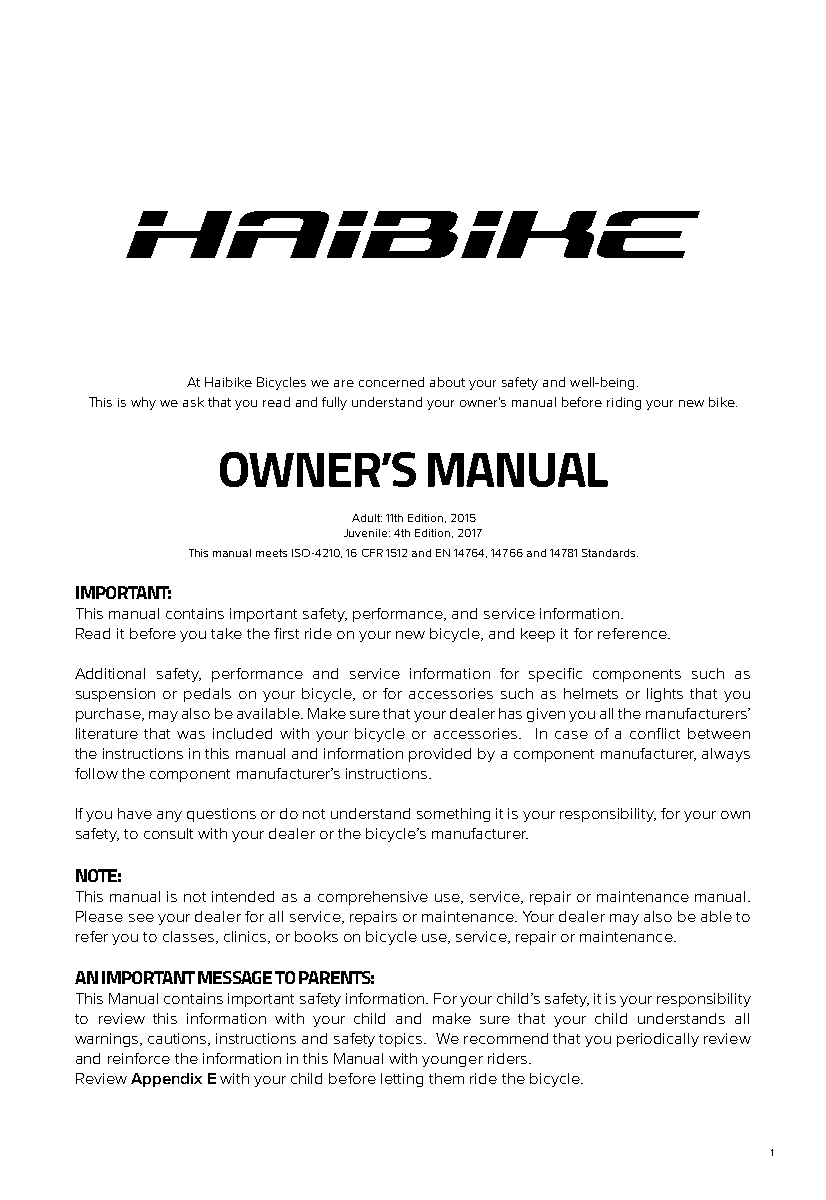
At Haibike Bicycles we are concerned about your safety and well-being.
 This is why we ask that you read and fully understand your owner’s manual before riding your new bike.
 OWNER’S       MANUAL
 Adult: 11th Edition, 2015
 Juvenile: 4th Edition, 2017
 This manual meets ISO-4210, 16 CFR 1512 and EN 14764, 14766 and 14781 Standards.
 IMPORTANT:
 This manual contains important safety, performance, and service information.
 Read it before you take the first ride on your new bicycle, and keep it for reference.
 Additional safety, performance and service information for specific components such as
 suspension or pedals on your bicycle, or for accessories such as helmets or lights that you
 purchase, may also be available. Make sure that your dealer has given you all the manufacturers’
 literature that was included with your bicycle or accessories. In case of a conflict between
 the instructions in this manual and information provided by a component manufacturer, always
 follow the component manufacturer’s instructions.
 If you have any questions or do not understand something it is your responsibility, for your own
 safety, to consult with your dealer or the bicycle’s manufacturer.
 NOTE:
 This manual is not intended as a comprehensive use, service, repair or maintenance manual.
 Please see your dealer for all service, repairs or maintenance. Your dealer may also be able to
 refer you to classes, clinics, or books on bicycle use, service, repair or maintenance.
 AN IMPORTANT MESSAGE TO PARENTS:
 This Manual contains important safety information. For your child’s safety, it is your responsibility
 to review this information with your child and make sure that your child understands all
 warnings, cautions, instructions and safety topics. We recommend that you periodically review
 and reinforce the information in this Manual with younger riders.
 Review Appendix E with your child before letting them ride the bicycle.
 1